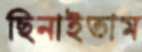
ছিনাইতাম